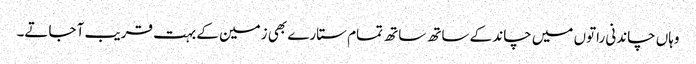
وہاں چاندنی راتوں میں چاند کے ساتھ ساتھ تمام ستارے بھی زمین کے بہت قریب آ جاتے۔